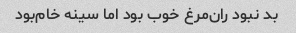
بد نبود ران‌مرغ خوب بود اما سینه خام‌بود